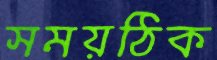
সময়ঠিক